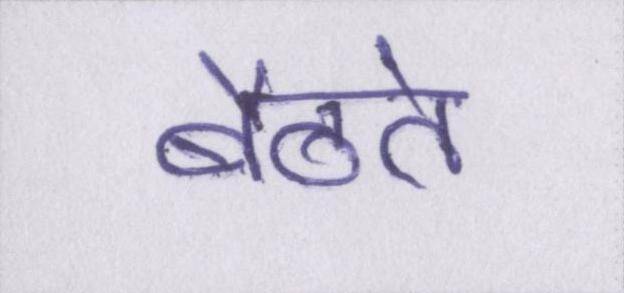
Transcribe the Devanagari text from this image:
बैठते